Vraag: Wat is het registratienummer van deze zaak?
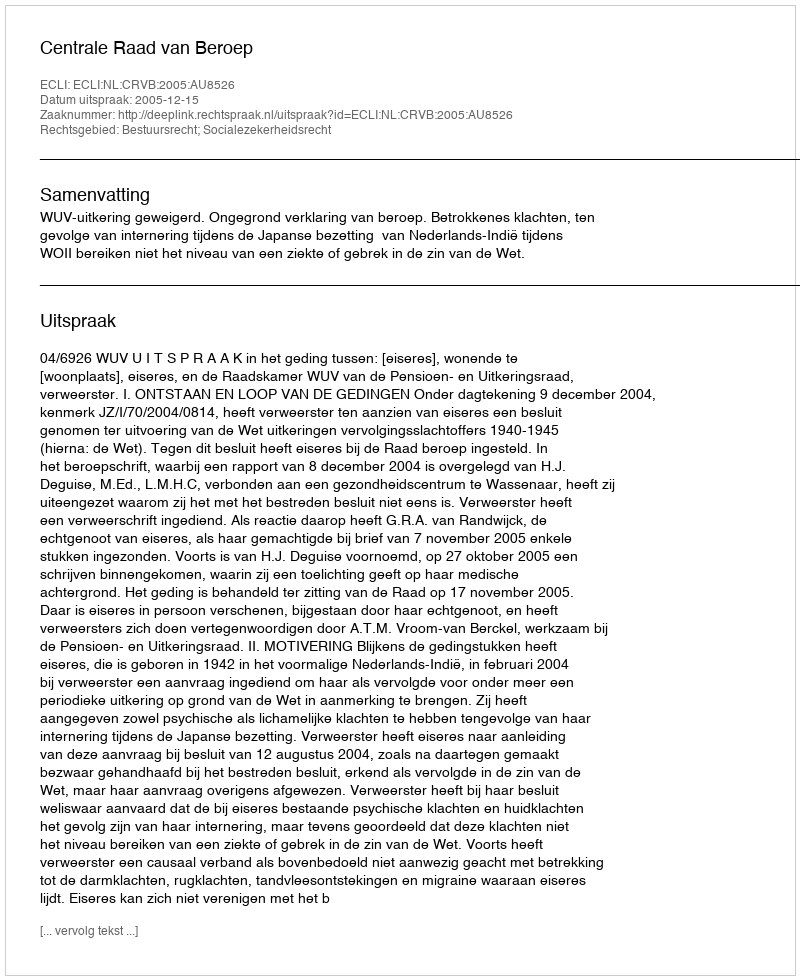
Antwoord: http://deeplink.rechtspraak.nl/uitspraak?id=ECLI:NL:CRVB:2005:AU8526